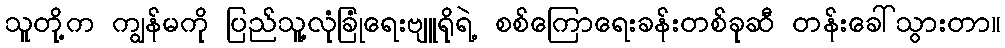
သူတို့က ကျွန်မကို ပြည်သူ့လုံခြုံရေးဗျူရိုရဲ့ စစ်ကြောရေးခန်းတစ်ခုဆီ တန်းခေါ်သွားတာ။